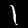
Digit: 1